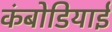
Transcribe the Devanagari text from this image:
कंबोडियाई